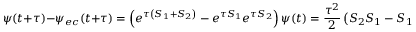
\psi ( t + \tau ) - \psi _ { e c } ( t + \tau ) = \left( e ^ { \tau \left( S _ { 1 } + S _ { 2 } \right) } - e ^ { \tau S _ { 1 } } e ^ { \tau S _ { 2 } } \right) \psi ( t ) = \frac { \tau ^ { 2 } } { 2 } \left( S _ { 2 } S _ { 1 } - S _ { 1 } S _ { 2 } \right) + O \left( \tau ^ { 3 } \right) .